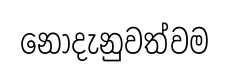
නොදැනුවත්වම